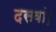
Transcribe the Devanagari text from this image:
दसवां।